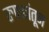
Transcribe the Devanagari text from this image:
रुपकांतून